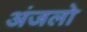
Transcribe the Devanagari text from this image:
अंजलो